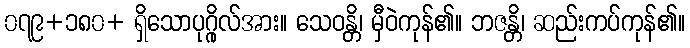
၀၇၉+၁၈၀+ ရှိသောပုဂ္ဂိုလ်အား။ သေဝန္တိ၊ မှီဝဲကုန်၏။ ဘဇန္တိ၊ ဆည်းကပ်ကုန်၏။